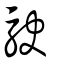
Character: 駃